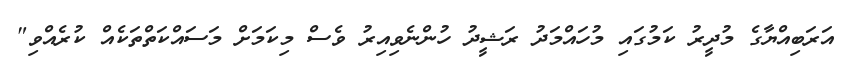
އަރަބިއްޔާގެ މުދީރު ކަމުގައި މުހައްމަދު ރަޝީދު ހުންނެވިއިރު ވެސް މިކަމަށް މަސައްކަތްތަކެއް ކުރެއްވި"